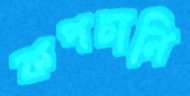
কপচানি